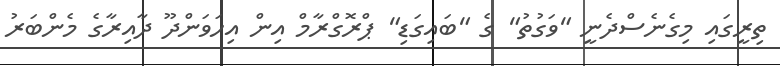
ތިރީގައި މިގެނެސްދެނީ "ވަގުތު" ގެ "ބައިގަޑި" ޕްރޮގްރާމް އިން އިހަވަންދޫ ދާއިރާގެ މެންބަރު